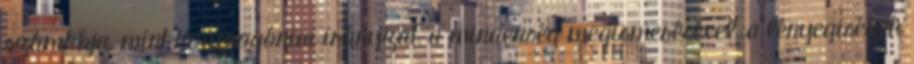
számkhja, mint kozmogóniai irányzat, a mindenség megismerésével, a lényegiségek